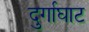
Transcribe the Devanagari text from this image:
दुर्गाघाट